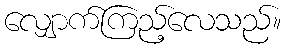
လျှောက်ကြည့်လေသည်။